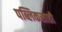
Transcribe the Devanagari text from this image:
पब्लिकसाठी